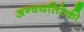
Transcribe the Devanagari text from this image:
अन्वयतिरेकी